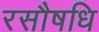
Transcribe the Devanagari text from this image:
रसौषधि